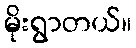
မိုးရွာတယ်။